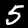
Digit: 5